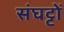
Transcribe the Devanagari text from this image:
संघट्टों